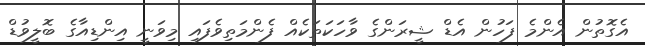
އެގޮތުން އެންމެ ފަހުން އެޑް ޝީރަންގެ ވާހަކަތަކެއް ފެންމަތިވެފައި މިވަނީ އިންޑިއާގެ ބޮލީވުޑް